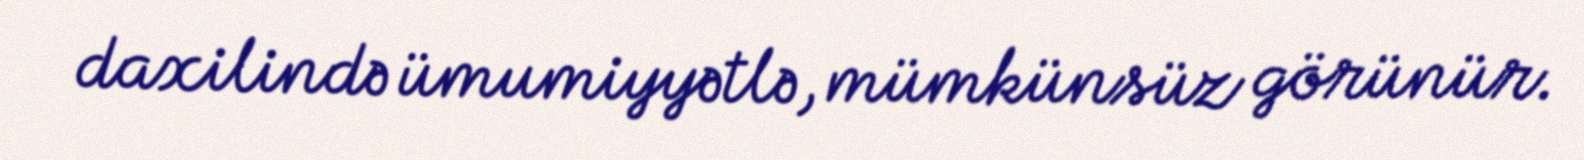
daxilində ümumiyyətlə, mümkünsüz görünür.